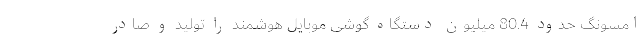
امسونگ حدود 80.4 میلیون دستگاه گوشی موبایل هوشمند را تولید و صادر